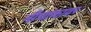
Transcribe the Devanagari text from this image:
नीचांकावर